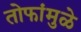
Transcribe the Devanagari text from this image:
तोफांमुळे